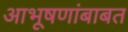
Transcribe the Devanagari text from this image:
आभूषणांबाबत